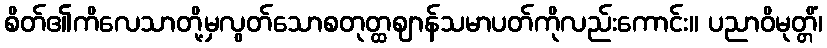
စိတ်၏ကိလေသာတို့မှလွတ်သောစတုတ္ထဈာန်သမာပတ်ကိုလည်းကောင်း။ ပညာဝိမုတ္တိံ၊